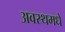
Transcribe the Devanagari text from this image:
अवस्थमधे